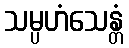
သမ္ပဟံသေန္တံ